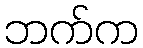
ဘက်က